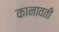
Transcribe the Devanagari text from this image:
कानावती